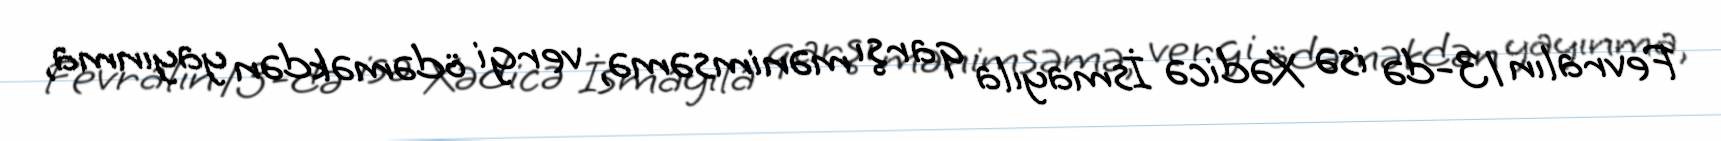
Fevralın 13-də isə Xədicə İsmayıla qarşı mənimsəmə, vergi ödəməkdən yayınma,